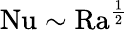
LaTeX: \mathrm{{Nu}}\sim\mathrm{{Ra}}^{\frac 12}